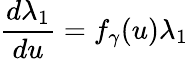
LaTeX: \frac{d\lambda_{1}}{du}=f_{\gamma}(u)\lambda_{1}